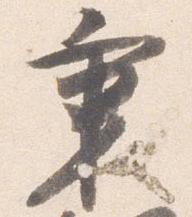
秉